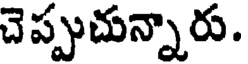
చెప్పుచున్నారు.